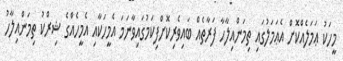
މީހަކު ޢަމަލެއްކޮށް އެޢަމަލުގައި ތިމަންއިލާހާ ފަރާތެއް ބައިވެރިކޮށްފިކަމުގައިވާނަމަ އެމީހަކާއި އެމީހެއްގެ ޝިރްކު ތިމަންއިލާހު